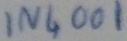
Text: IN4001